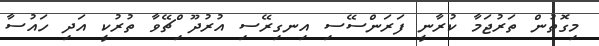
މިގޮތުން ތަރުޖަމާ ކުރާނީ ފަރަންސޭސި އިނގިރޭސި އުރުދޫ ްިޗޭވާ ތުރުކީ އަދި ހައުސާ